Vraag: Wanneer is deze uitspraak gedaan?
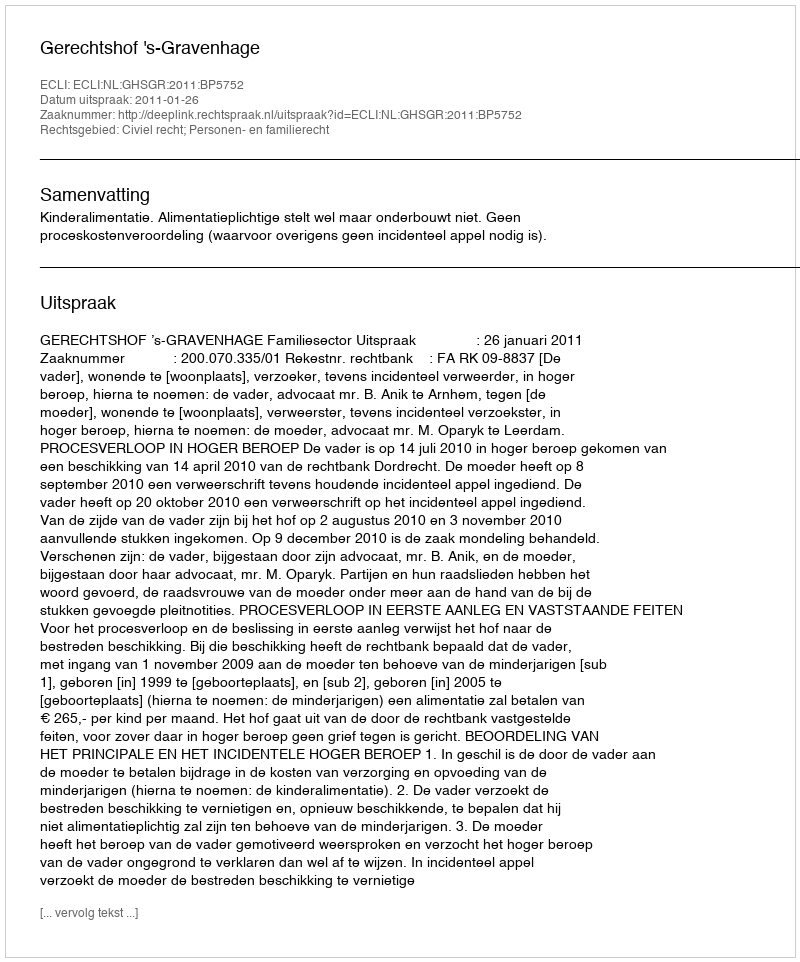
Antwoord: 2011-01-26